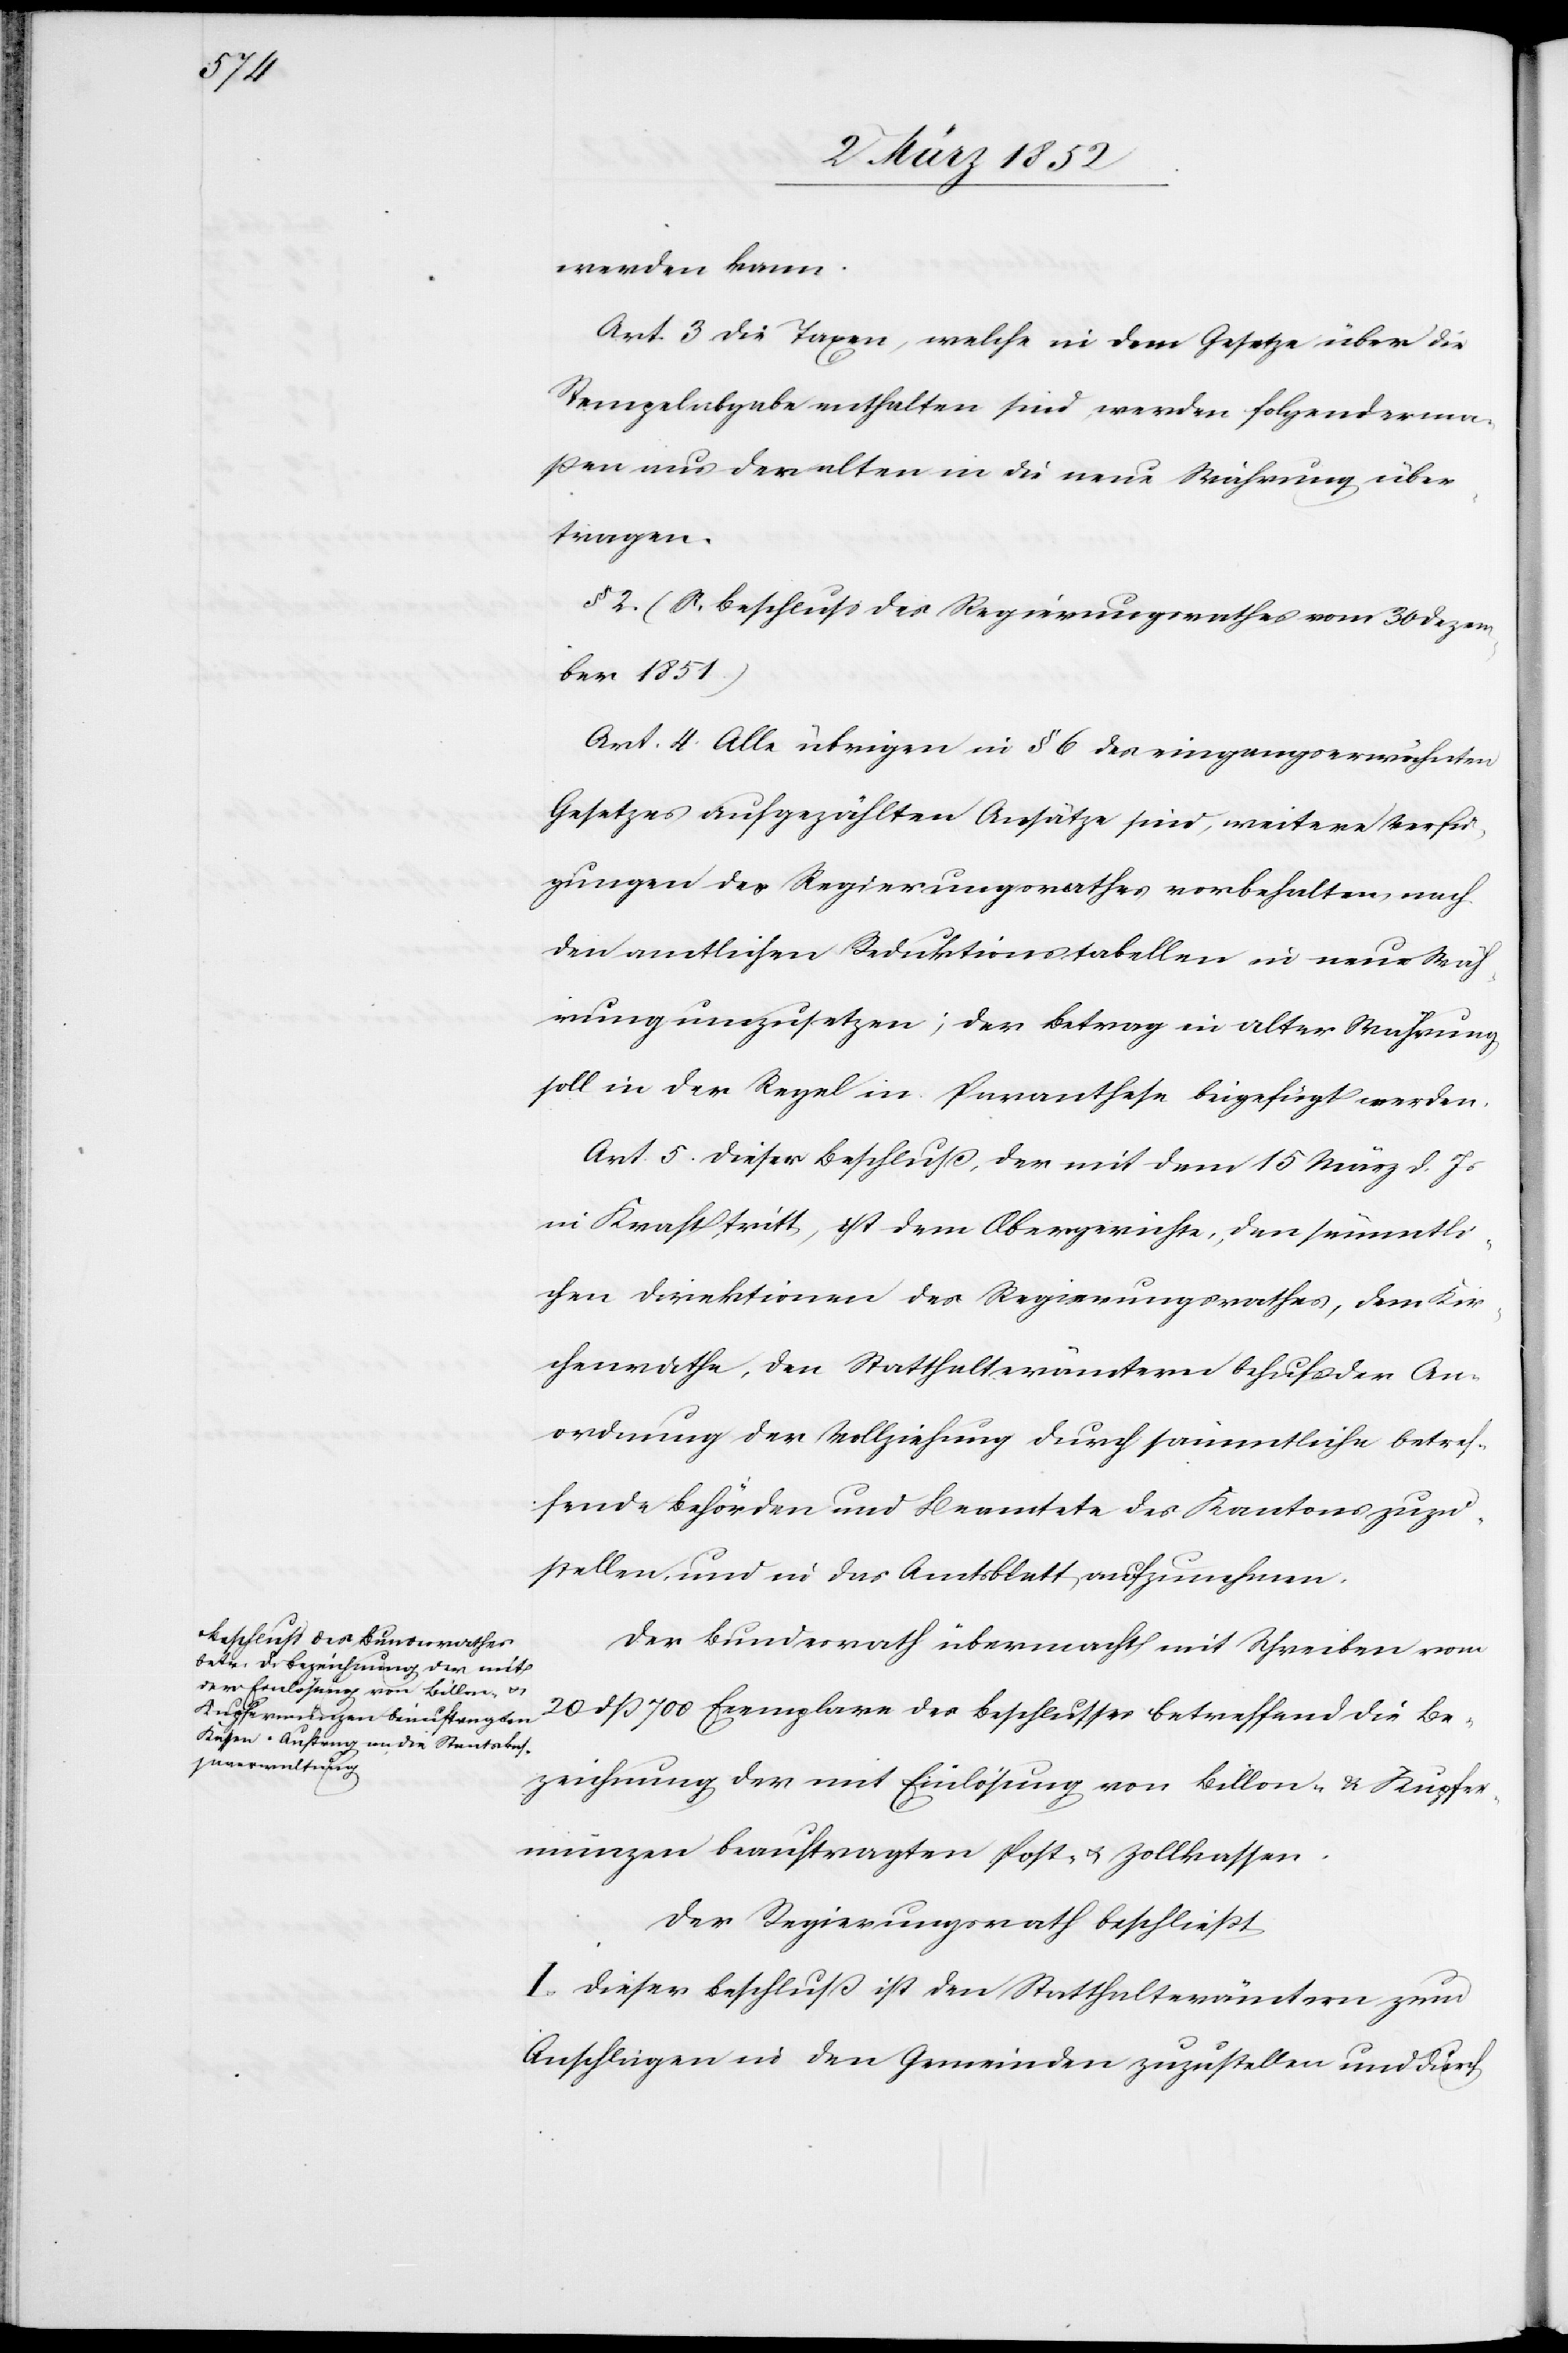
werden kann.
Art. 3 Die Taxen, welche in dem Gesetze über die
Stempelabgabe enthalten sind, werden folgenderma¬
ßen aus der alten in die neue Währung über¬
tragen.
§ 2. (S. Beschluß des Regierungsrathes vom 30 Dezem¬
ber 1851)
Art. 4. Alle übrigen in § 6 des eingangserwähnten
Gesetzes aufgezählten Ansätze sind, weitere Verfü¬
gungen des Regierungsrathes vorbehalten, nach
den amtlichen Reduktionstabellen in neue Wäh¬
rung umzusetzen; der Betrag in alter Währung
soll in der Regel in Paranthese beigefügt werden.
Art. 5. Dieser Beschluß, der mit dem 15 März d. Js
in Kraft tritt, ist dem Obergerichte, den sämmtli¬
chen Direktionen des Regierungsrathes, dem Kir¬
chenrathe, den Statthalterämtern behufs der An¬
ordnung der Vollziehung durch sämmtliche betref¬
fende Behörden und Beamtete des Kantons zuzu¬
stellen, und in das Amtsblatt aufzunehmen.
Der Bundesrath übermacht mit Schreiben vom
20 dß 700 Exemplare des Beschlusses betreffend die Be¬
zeichnung der mit Einlösung von Billon- u. Kupfer¬
münzen beauftragten Post- u. Zollkassen.
der Regierungsrath beschließt
I.) Dieser Beschluß ist den Statthalterämtern zum
Anschlagen in den Gemeinden zuzustellen und durch